Rangoon Lunatic Asylum 1893-1897 - 1893-1897
Year: 1893
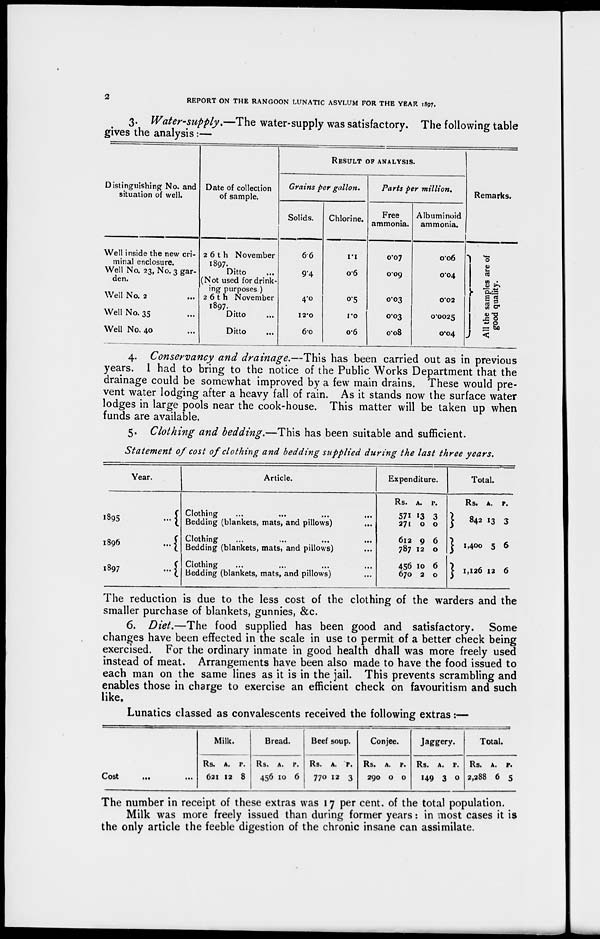
2
REPORT ON THE RANGOON LUNATIC ASYLUM FOR THE YEAR 1897.
3. Water-supply.—The water-supply was satisfactory. The following table
gives the analysis:—
Distinguishing No. and
situation of well.
Well inside the new cri-
minal enclosure.
Well No. 23, No. 3 gar-
den.
Well No. 2 ...
Well No. 35 ...
Well No. 40 ...
Date of collection
of sample.
26th November
1897.
Ditto ...
(Not used for drink-
ing purposes.)
26th November
1897.
Ditto ...
Ditto ...
RESULT OF ANALYSIS.
Grains per gallon.
Solids.
6.6
9.4
4.0
12.0
6.0
Chlorine.
1.1
0.6
0.5
1.0
0.6
Parts per million.
Free
ammonia.
0.07
0.09
0.03
0.03
0.08
Albuminoid
ammonia.
0.06
0.04
0.02
0.0025
0.04
Remarks.
All the samples are of
good quality.
4. Conservancy and drainage.—This has been carried out as in previous
years. I had to bring to the notice of the Public Works Department that the
drainage could be somewhat improved by a few main drains. These would pre-
vent water lodging after a heavy fall of rain. As it stands now the surface water
lodges in large pools near the cook-house. This matter will be taken up when
funds are available.
5. Clothing and bedding.—This has been suitable and sufficient.
Statement of cost of clothing and bedding supplied during the last three years.
Year.
1895
...
1896
...
1897
...
Article.
Clothing ... ... ... ...
Bedding (blankets, mats, and pillows) ...
Clothing ... ... ... ...
Bedding (blankets, mats, and pillows) ...
Clothing ... ... ... ...
Bedding (blankets, mats, and pillows) ...
Expenditure.
Rs.
571
271
612
787
456
670
A.
13
0
9
12
10
2
P.
3
0
6
0
6
0
Total.
Rs.
842
1,400
1,126
A.
13
5
12
P.
3
6
6
The reduction is due to the less cost of the clothing of the warders and the
smaller purchase of blankets, gunnies, &c.
6. Diet.—The food supplied has been good and satisfactory. Some
changes have been effected in the scale in use to permit of a better check being
exercised. For the ordinary inmate in good health dhall was more freely used
instead of meat. Arrangements have been also made to have the food issued to
each man on the same lines as it is in the jail. This prevents scrambling and
enables those in charge to exercise an efficient check on favouritism and such
like.
Lunatics classed as convalescents received the following extras:—
Cost
...
...
Milk.
Rs.
621
A.
12
P.
8
Bread.
Rs.
456
A.
10
P.
6
Beef soup.
Rs.
770
A.
12
P.
3
Conjee.
Rs.
290
A.
0
P.
0
Jaggery.
Rs.
149
A.
3
P.
0
Total.
Rs.
2,288
A.
6
P.
5
The number in receipt of these extras was 17 per cent. of the total population.
Milk was more freely issued than during former years: in most cases it is
the only article the feeble digestion of the chronic insane can assimilate.